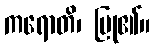
ကရောတိ၊ ပြု၏။